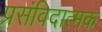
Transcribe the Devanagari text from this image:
प्रसंविदात्मक